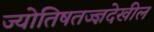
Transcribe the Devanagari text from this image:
ज्योतिषतज्ज्ञदेखील